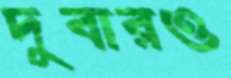
দুবারও